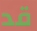
قد